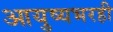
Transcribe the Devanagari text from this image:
आयुष्यभरही